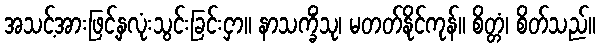
အသင့်အားဖြင့်နှလုံးသွင်းခြင်းငှာ။ နာသက္ခိံသု၊ မတတ်နိုင်ကုန်။ စိတ္တံ၊ စိတ်သည်။